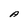
Character: A